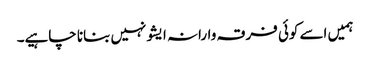
ہمیں اسے کوئی فرقہ وارانہ ایشو نہیں بنانا چاہیے۔